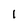
Character: 1